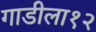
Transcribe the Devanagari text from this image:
गाडीला१२